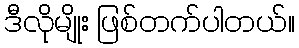
ဒီလိုမျိုး ဖြစ်တက်ပါတယ်။